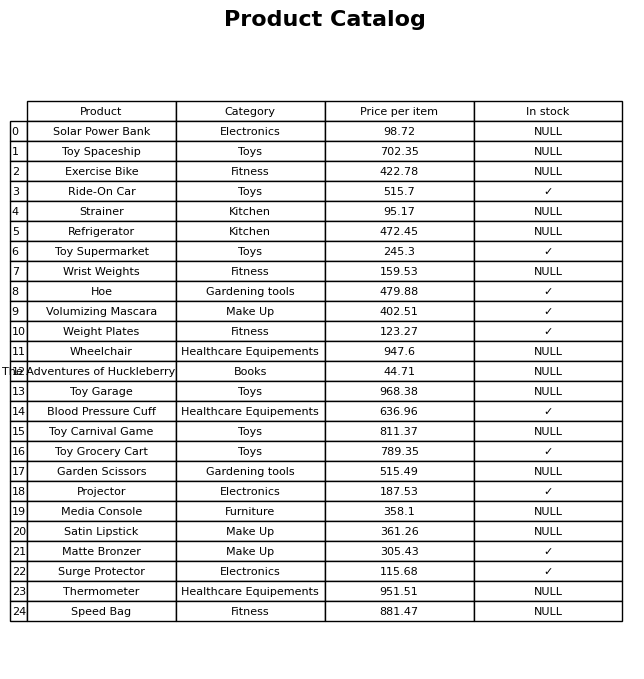
question: What is the price of the Speed Bag?
answer: The price of Speed Bag is 881.47.